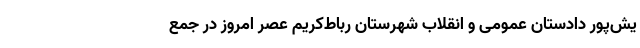
یش‌پور دادستان عمومی و انقلاب شهرستان رباط‌کریم عصر امروز در جمع